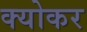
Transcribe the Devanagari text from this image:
क्योकर